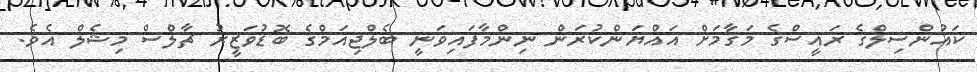
ކައުންސިލްގެ ރައީސްގެ މަގާމަށް އައްޔަންކުރަން ނިންމާފައިވަނީ ބެލްޖިއަމްގެ ބޮޑުވަޒީރު ޗާލްސް މިޝެލް އެވެ.